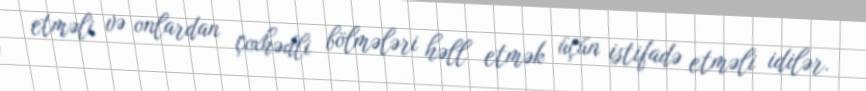
etməli və onlardan çoxhədli bölmələri həll etmək üçün istifadə etməli idilər.